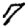
Digit: 7